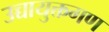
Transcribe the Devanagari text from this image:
उच्चायुक्तगण